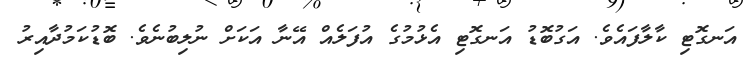
އަނގޮޓި ކާލާފައެވެ. އަގުބޮޑު އަނގޮޓި އެޅުމުގެ އުފަލެއް އޭނާ އަކަށް ނުލިބުނެވެ. ބޮޑުކަމުދާއިރު